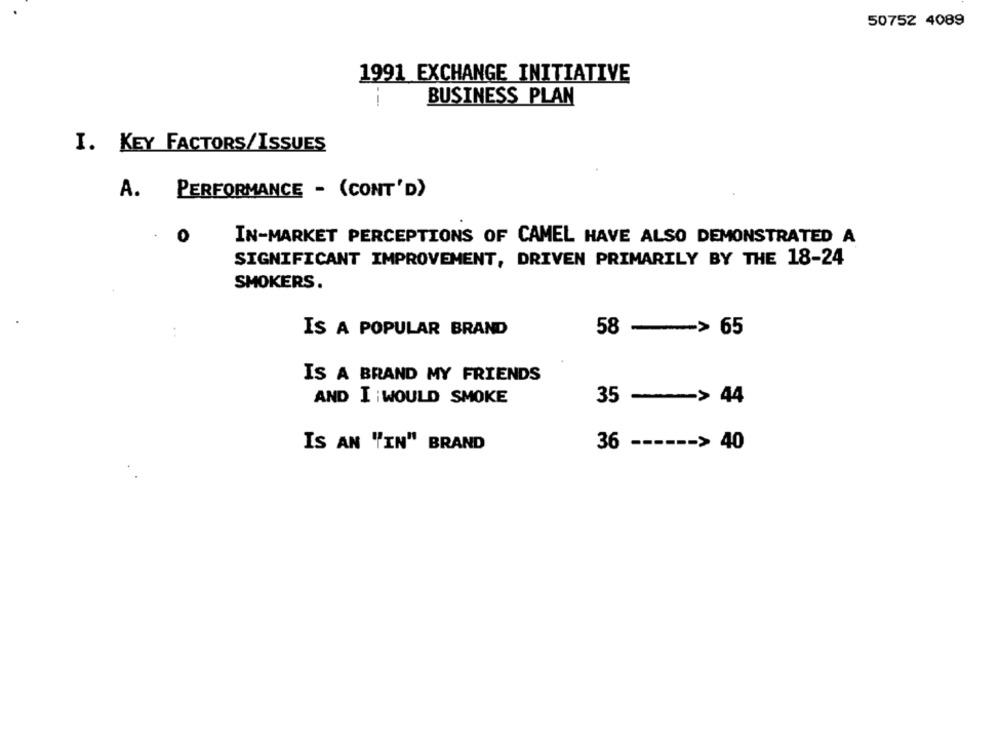
50752 4089
1991 EXCHANGE INITIATIVE
--
BUSINESS PLAN
I. KEY FACTORS/ISSUES
A. PERFORMANCE - (CONT'D)
IN-MARKET PERCEPTIONS OF CAMEL HAVE ALSO DEMONSTRATED A
SIGNIFICANT IMPROVEMENT, DRIVEN PRIMARILY BY THE 18-24
SMOKERS.
. .
IS A POPULAR BRAND
58 -> 65
IS A BRAND MY FRIENDS
AND I WOULD SMOKE
35 -> 44
IS AN "IN" BRAND
36
------ > 40